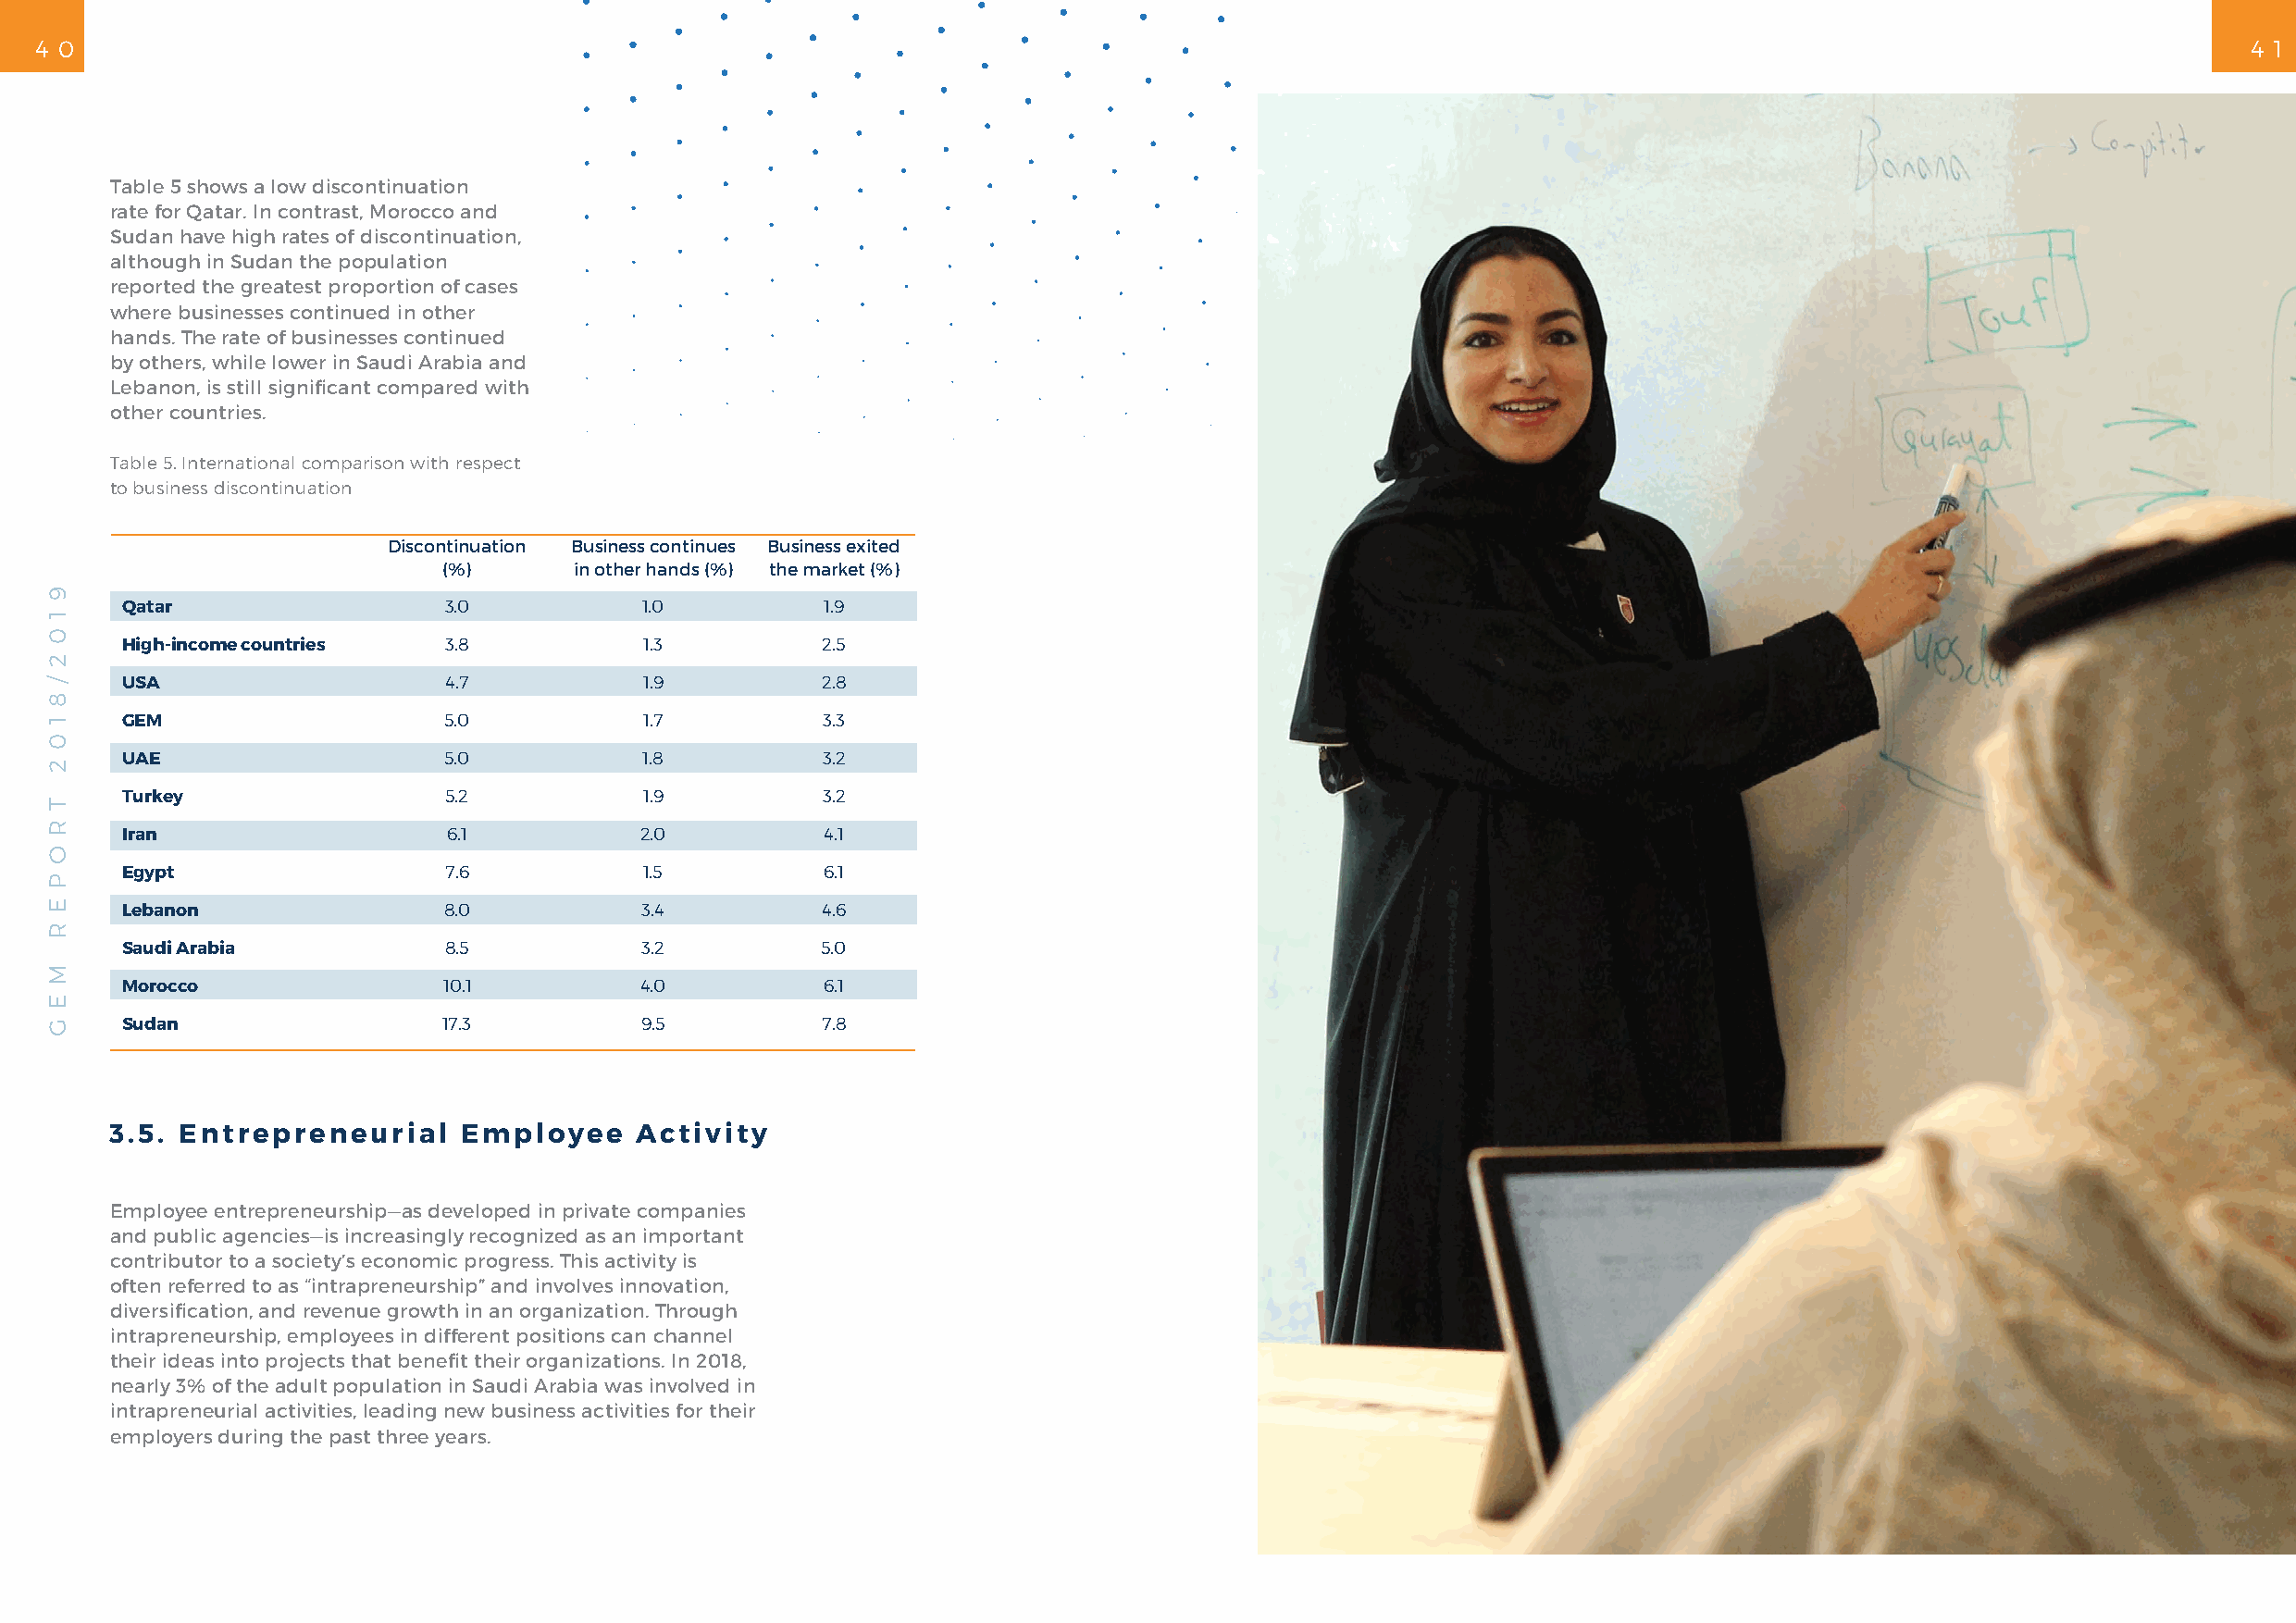
4 0                                                                                                                                                           4 1
 Table 5 shows a low discontinuation
 rate for Qatar. In contrast, Morocco and
 Sudan have high rates of discontinuation,
 although in Sudan the population
 reported the greatest proportion of cases
 where businesses continued in other
 hands. The rate of businesses continued
 by others, while lower in Saudi Arabia and
 Lebanon, is still significant compared with
 other countries.
 Table 5. International comparison with respect
 to business discontinuation
 Discontinuation Business continues Business exited
 (%)      in other hands (%) the market (%)
 Qatar                  3.0           1.0          1.9
 High-income countries  3.8           1.3          2.5
 USA                    4.7           1.9          2.8
 GEM                    5.0           1.7          3.3
 UAE                    5.0           1.8          3.2
 Turkey                 5.2           1.9          3.2
 Iran                   6.1           2.0          4.1
 Egypt                  7.6           1.5          6.1
 Lebanon                8.0           3.4          4.6
 Saudi Arabia           8.5           3.2          5.0
 Morocco                10.1          4.0          6.1
 Sudan                  17.3          9.5          7.8
 3.5. Entrepreneurial     Employee    Activity
 Employee entrepreneurship—as developed in private companies
 and public agencies—is increasingly recognized as an important
 contributor to a society’s economic progress. This activity is
 often referred to as “intrapreneurship” and involves innovation,
 diversification, and revenue growth in an organization. Through
 intrapreneurship, employees in different positions can channel
 their ideas into projects that benefit their organizations. In 2018,
 nearly 3% of the adult population in Saudi Arabia was involved in
 intrapreneurial activities, leading new business activities for their
 employers during the past three years.
 9
 1
 0
 2
 /
 8
 1
 0
 2
 T
 R
 O
 P
 E
 R
 M
 E
 G